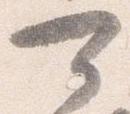
可